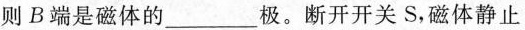
则B端是磁体的___极。断开开关S，磁体静止